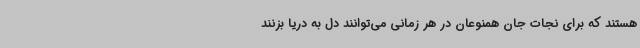
هستند که برای نجات جان همنوعان در هر زمانی می‌توانند دل به دریا بزنند